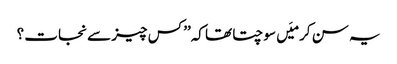
یہ سن کر میَں سوچتا تھا کہ’’ کس چیز سے نجات ؟